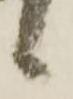
候